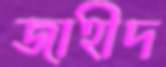
জাহীদ